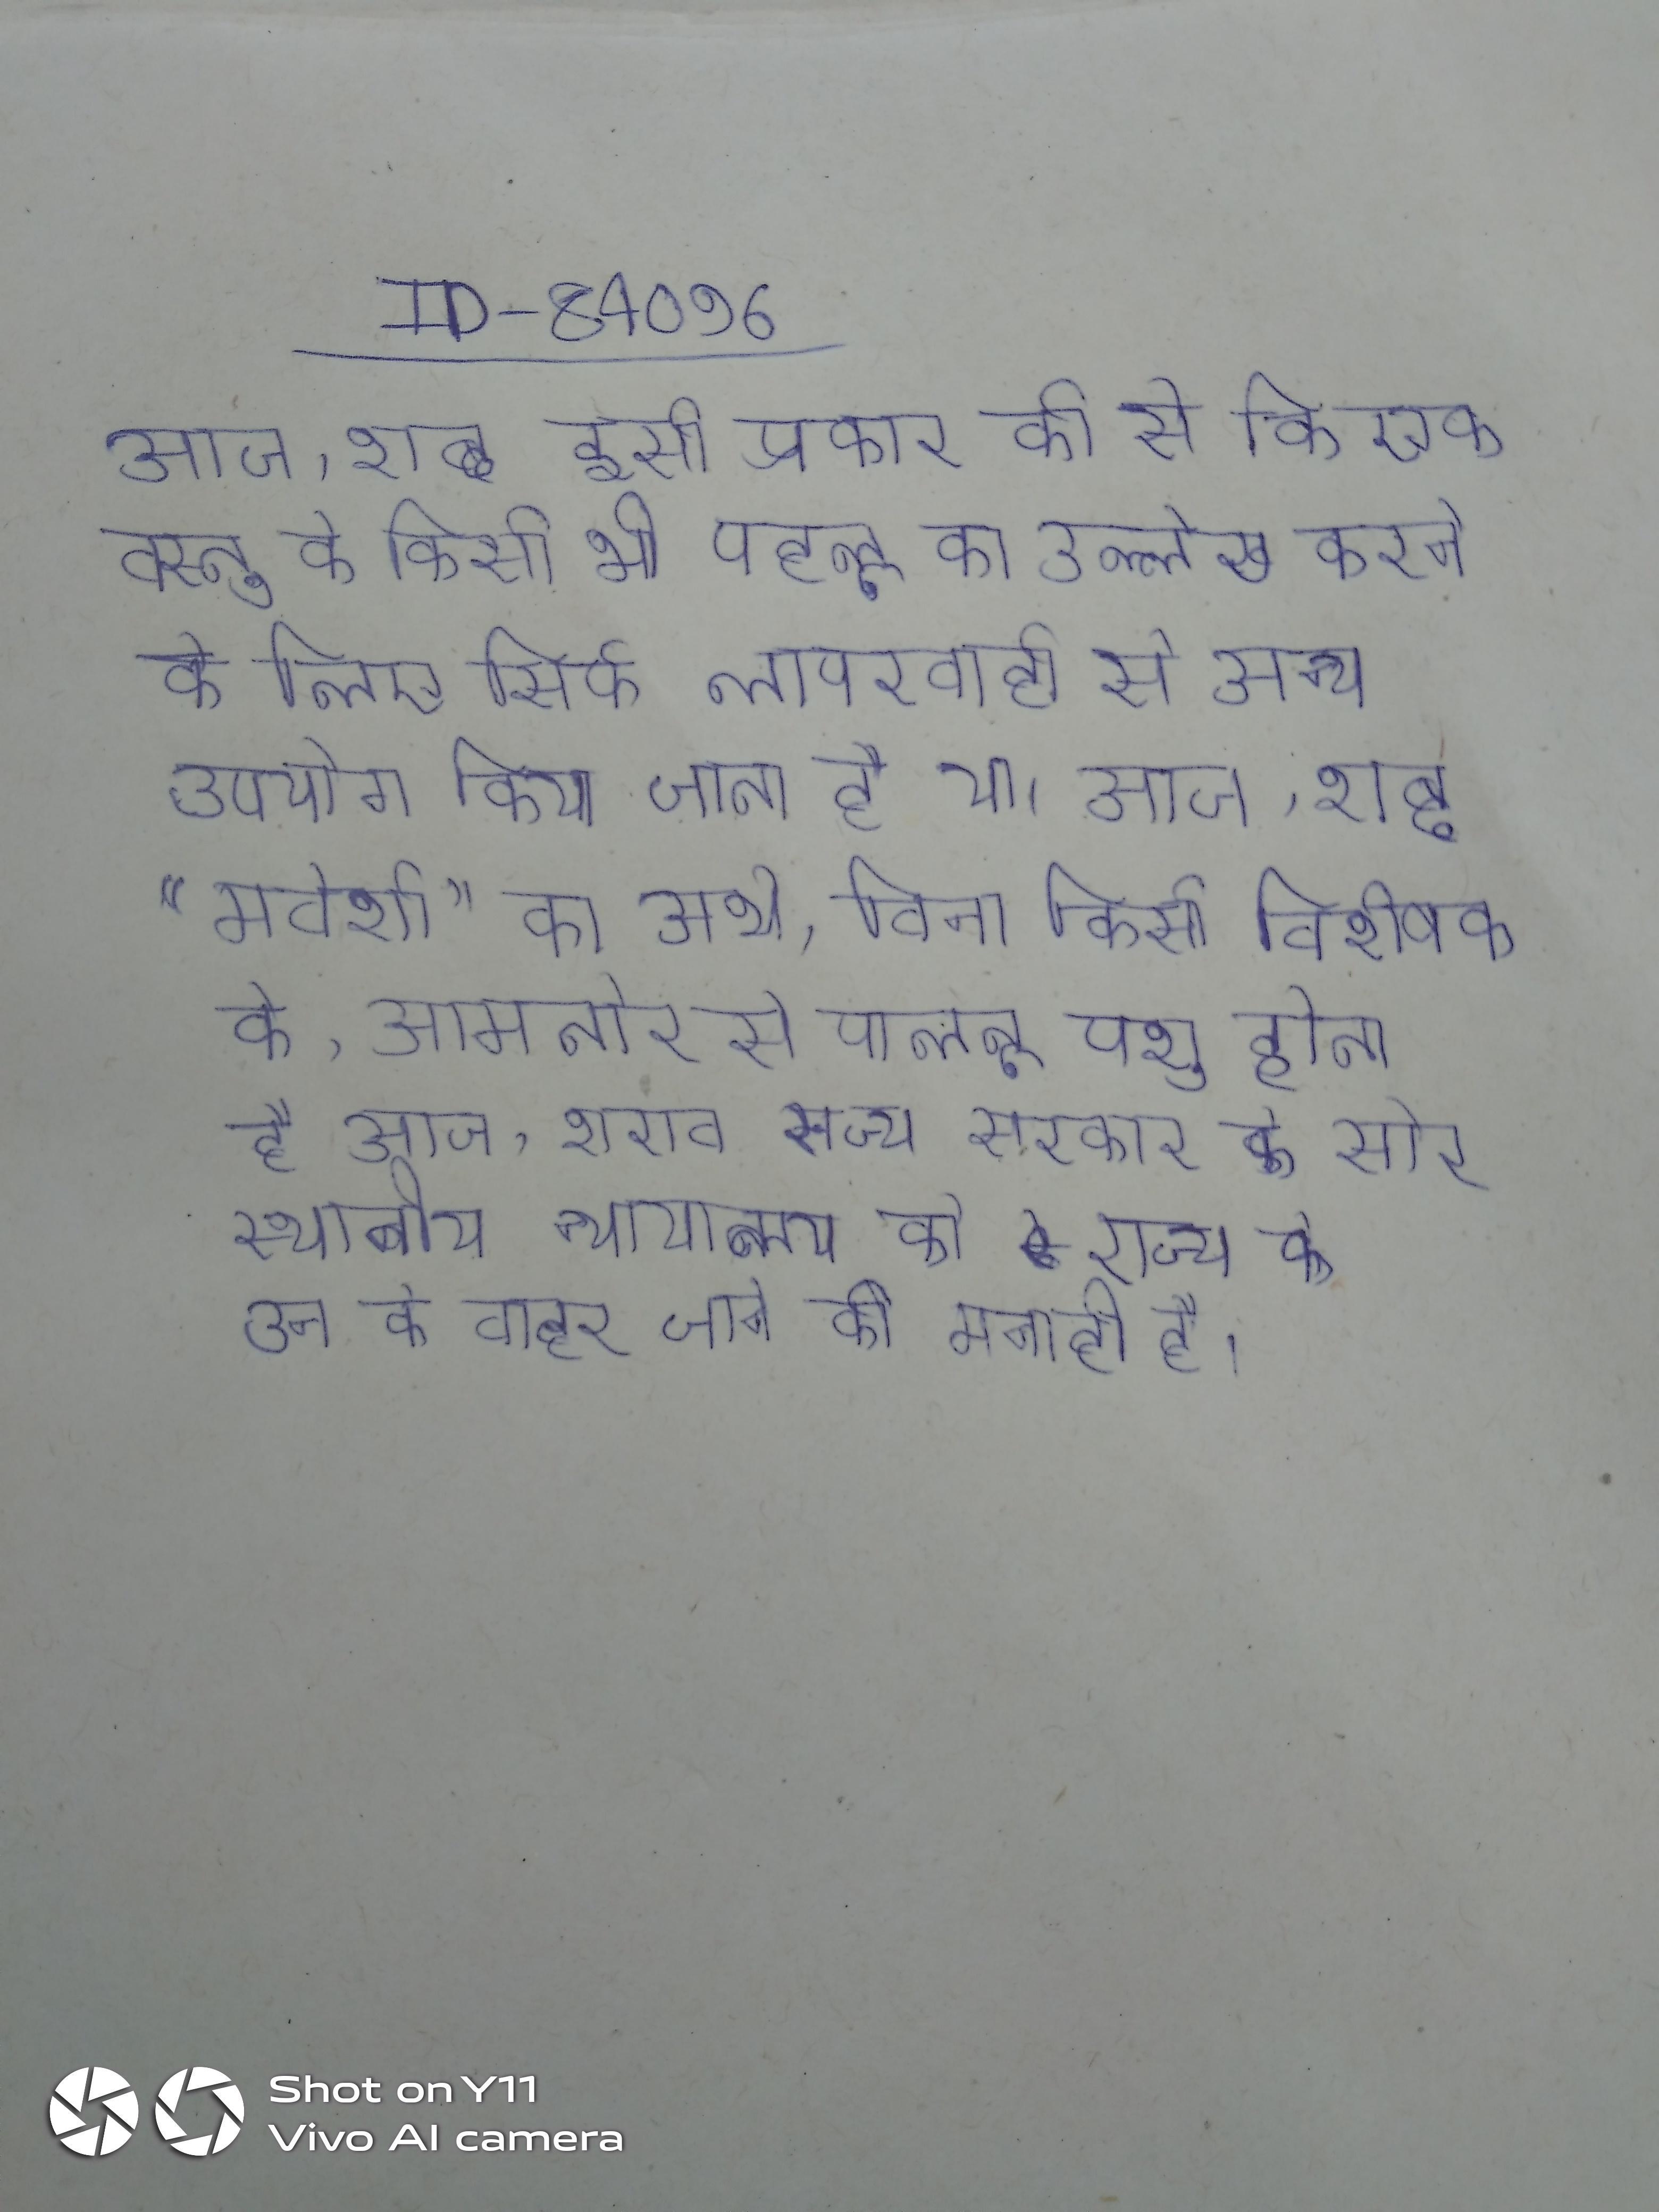
आज, शब्द इसी प्रकार की से कि एक वस्तु के किसी भी पहलू का उल्लेख करने के लिए सिर्फ लापरवाही से अन्य उपयोग किया जाता है या । आज, शब्द "मवेशी" का अर्थ, बिना किसी विशेषक के, आमतौर से पालतू पशु होता है आज, शराब राज्य सरकार के और स्थानीय न्यायालय को राज्य के उन के बाहर जाने की मनाही है ।